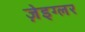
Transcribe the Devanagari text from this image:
ज़ेइग्लर